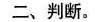
二、判断。